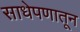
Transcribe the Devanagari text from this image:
साधेपणातून